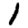
Digit: 1